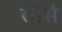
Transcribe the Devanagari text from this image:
सासे